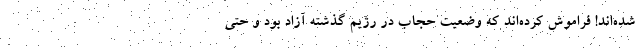
شده‌اند! فراموش کرده‌اند که وضعیت حجاب در رژیم گذشته آزاد بود و حتی